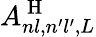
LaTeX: A_{nl,n^{\prime}l^{\prime},L}^{\mathrm{~H~}}